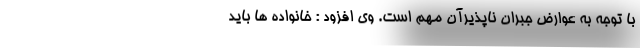
با توجه به عوارض جبران ناپذیرآن مهم است. وی افزود : خانواده ها باید